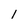
Character: 1